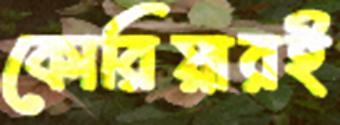
কোরিয়ারই